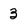
Character: 3